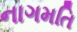
નાગમતિ